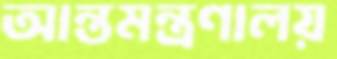
আন্তমন্ত্রণালয়